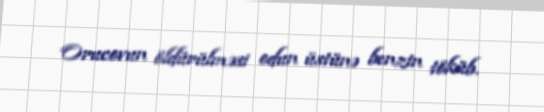
Orucovun öldürülməsi odun üstünə benzin töküb.